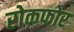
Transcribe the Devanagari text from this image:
रोकफोर